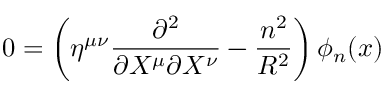
0 = \left( \eta ^ { \mu \nu } \frac { \partial ^ { 2 } } { \partial X ^ { \mu } \partial X ^ { \nu } } - \frac { n ^ { 2 } } { R ^ { 2 } } \right) \phi _ { n } ( x )